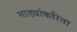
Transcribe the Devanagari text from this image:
गाड्यांकरिता